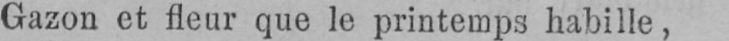
Gazon et fleur que le printemps habille,